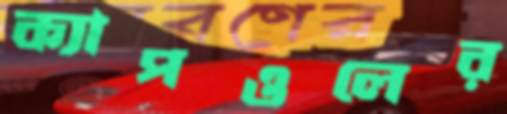
ক্যাপওলের